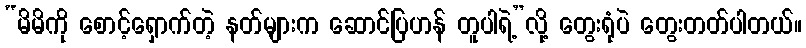
“မိမိကို စောင့်ရှောက်တဲ့ နတ်များက ဆောင်ပြဟန် တူပါရဲ့”လို့ တွေးရုံပဲ တွေးတတ်ပါတယ်။